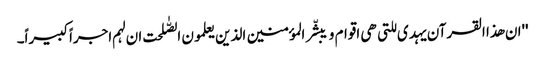
''ان ھذا القرآن یہدی للتی ھی اقوام و یبشّر المؤمنین الذین یعلمون الصّٰلحت ان لہم اجراً کبیراً۔